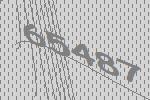
65487